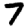
Digit: 7